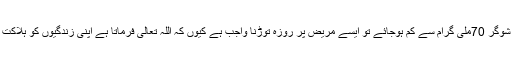
اگر کسی کی شوگر 70ملی گرام سے کم ہوجائے تو ایسے مریض پر روزہ توڑنا واجب ہے کیوں کہ اللہ تعالیٰ فرماتا ہے اپنی زندگیوں کو ہلاکت میں مت ڈالو۔